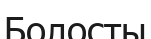
Болосты